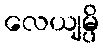
လေယျမ္ပိ